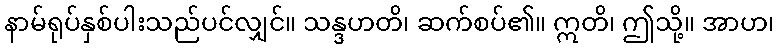
နာမ်ရုပ်နှစ်ပါးသည်ပင်လျှင်။ သန္ဒဟတိ၊ ဆက်စပ်၏။ ဣတိ၊ ဤသို့။ အာဟ၊